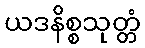
ယဒနိစ္စသုတ္တံ